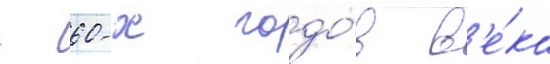
- 60-х годо́в в'е́ка